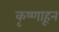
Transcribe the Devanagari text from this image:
कृष्णाहून